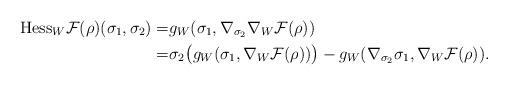
LaTeX: \begin{align*}\textrm{Hess}_W\mathcal{F}(\rho)(\sigma_1,\sigma_2)=&g_W(\sigma_1, \nabla_{\sigma_2}\nabla_W\mathcal{F}(\rho))\\=&\sigma_2\big(g_W(\sigma_1,\nabla_W\mathcal{F}(\rho))\big)-g_W(\nabla_{\sigma_2}\sigma_1, \nabla_W\mathcal{F}(\rho)).\end{align*}